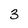
Character: 3